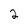
Character: 2